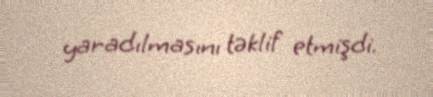
yaradılmasını təklif etmişdi.